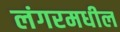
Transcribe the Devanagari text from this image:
लंगरमधील